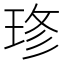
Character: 𤥬